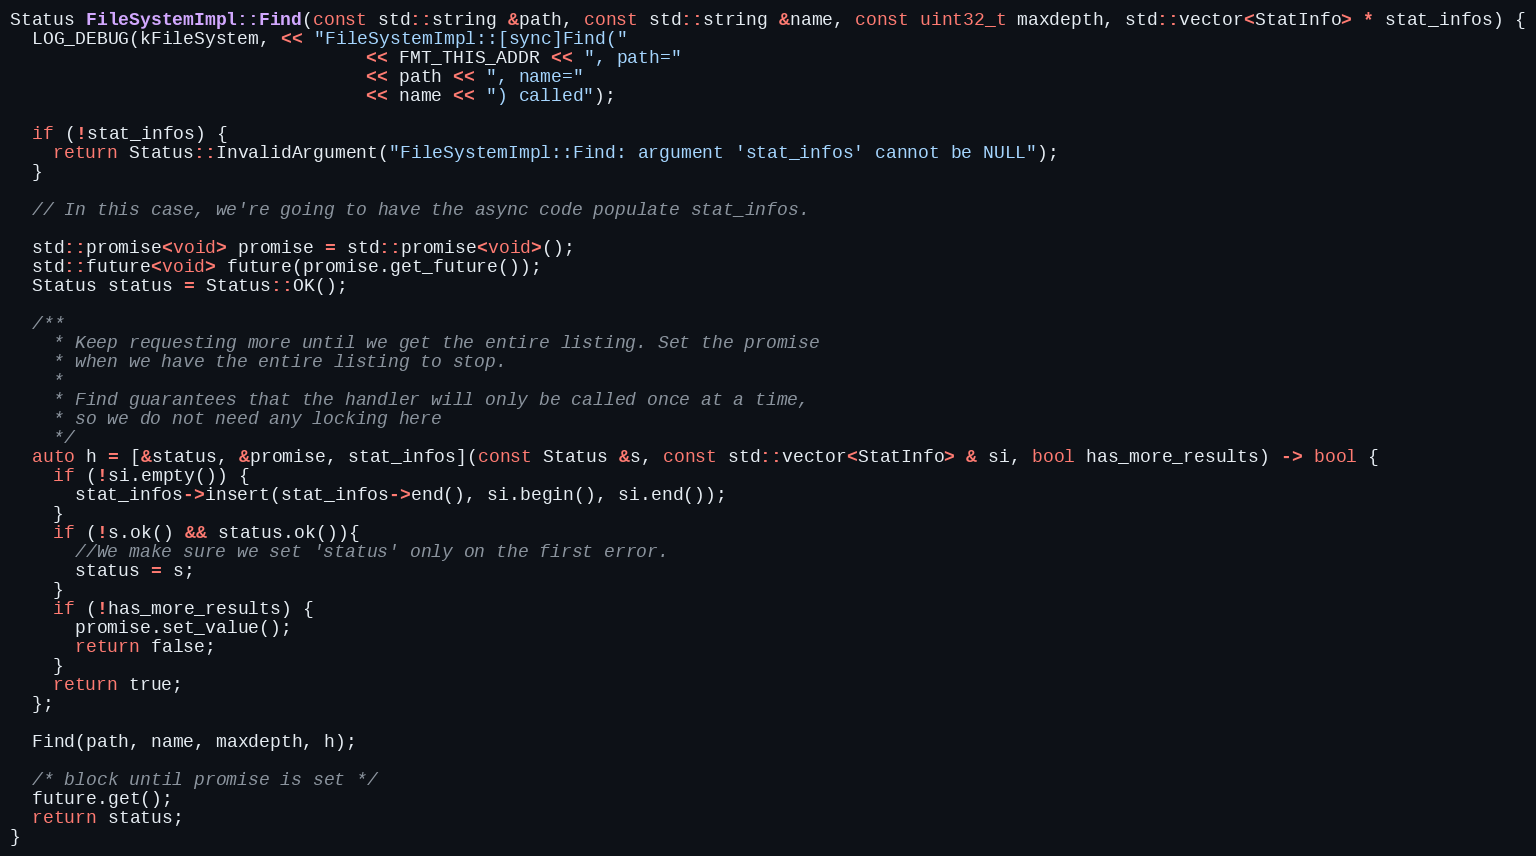
Language: C++
Status FileSystemImpl::Find(const std::string &path, const std::string &name, const uint32_t maxdepth, std::vector<StatInfo> * stat_infos) {
  LOG_DEBUG(kFileSystem, << "FileSystemImpl::[sync]Find("
                                 << FMT_THIS_ADDR << ", path="
                                 << path << ", name="
                                 << name << ") called");

  if (!stat_infos) {
    return Status::InvalidArgument("FileSystemImpl::Find: argument 'stat_infos' cannot be NULL");
  }

  // In this case, we're going to have the async code populate stat_infos.

  std::promise<void> promise = std::promise<void>();
  std::future<void> future(promise.get_future());
  Status status = Status::OK();

  /**
    * Keep requesting more until we get the entire listing. Set the promise
    * when we have the entire listing to stop.
    *
    * Find guarantees that the handler will only be called once at a time,
    * so we do not need any locking here
    */
  auto h = [&status, &promise, stat_infos](const Status &s, const std::vector<StatInfo> & si, bool has_more_results) -> bool {
    if (!si.empty()) {
      stat_infos->insert(stat_infos->end(), si.begin(), si.end());
    }
    if (!s.ok() && status.ok()){
      //We make sure we set 'status' only on the first error.
      status = s;
    }
    if (!has_more_results) {
      promise.set_value();
      return false;
    }
    return true;
  };

  Find(path, name, maxdepth, h);

  /* block until promise is set */
  future.get();
  return status;
}